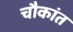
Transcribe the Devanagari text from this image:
चौकांत